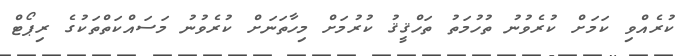
ކުރެއްވި ކަމަށް ކުރެވުނު ތުހުމަތު ތަހްޤީޤު ކުރުމަށް މިހާތަނަށް ކުރެވުނު މަސައްކަތްތަކުގެ ރިޕޯޓް